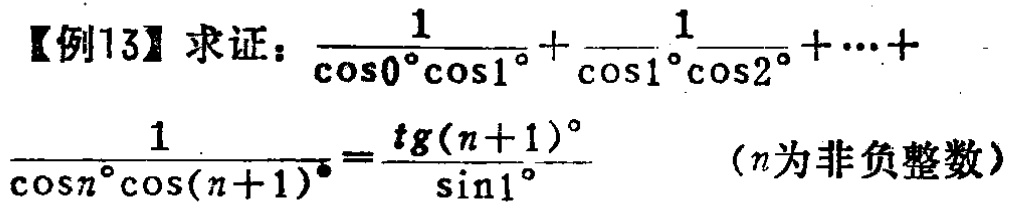
【例13】求证：\(\frac{1}{\cos0^{\circ}\cos1^{\circ}}+\frac{1}{\cos1^{\circ}\cos2^{\circ}}+\cdots+\frac{1}{\cos n^{\circ}\cos(n + 1)^{\circ}}=\frac{\tg(n + 1)^{\circ}}{\sin1^{\circ}}\) （\(n\)为非负整数）